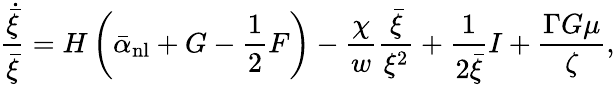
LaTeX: {\frac{\dot{\bar{\xi}}}{\bar{\xi}}}=H\left(\bar{\alpha}_{\mathrm{nl}}+G-{\frac{1}{2}}F\right)-{\frac{\chi}{w}}{\frac{\bar{\xi}}{\xi^{2}}}+{\frac{1}{2\bar{\xi}}}I+{\frac{\Gamma G\mu}{\zeta}},